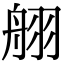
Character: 䎇